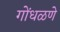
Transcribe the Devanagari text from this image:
गोंधळणे